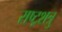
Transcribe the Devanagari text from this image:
राष्ट्रशत्रु